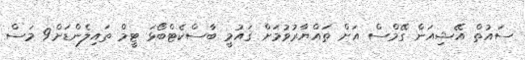
ސައުތް އޭޝިއަން ގޭމްސް އަށް ތައްޔާރުވުމަށް ޤައުމީ ބާސްކެޓްބޯޅަ ޓީމް ތައިލެންޑަށް9 މަސް